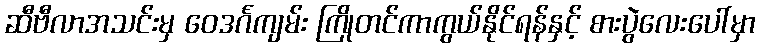
ဆီဗီလာအသင်းမှ ဝေဒင်္ဂကျမ်း ကြိုတင်ကာကွယ်နိုင်ရန်နှင့် စားပွဲလေးပေါ်မှာ